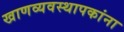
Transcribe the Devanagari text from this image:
खाणव्यवस्थापकांना